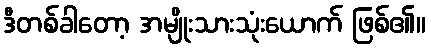
ဒီတစ်ခါတော့ အမျိုးသားသုံးယောက် ဖြစ်၏။